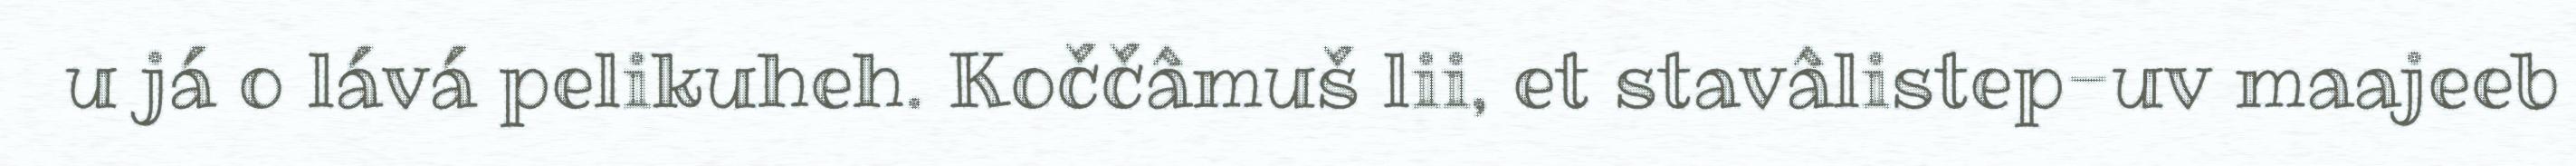
u já o lává pelikuheh. Koččâmuš lii, et stavâlistep-uv maajeeb